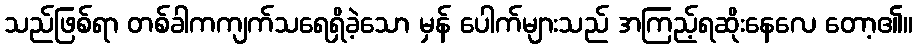
သည်ဖြစ်ရာ တစ်ခါကကျက်သရေရှိခဲ့သော မှန် ပေါက်များသည် အကြည့်ရဆိုးနေလေ တော့၏။